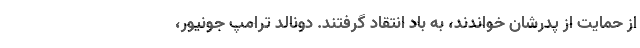
از حمایت از پدرشان خواندند، به باد انتقاد گرفتند. دونالد ترامپ جونیور،